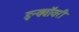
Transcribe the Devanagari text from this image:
इन्क्वॉयरी